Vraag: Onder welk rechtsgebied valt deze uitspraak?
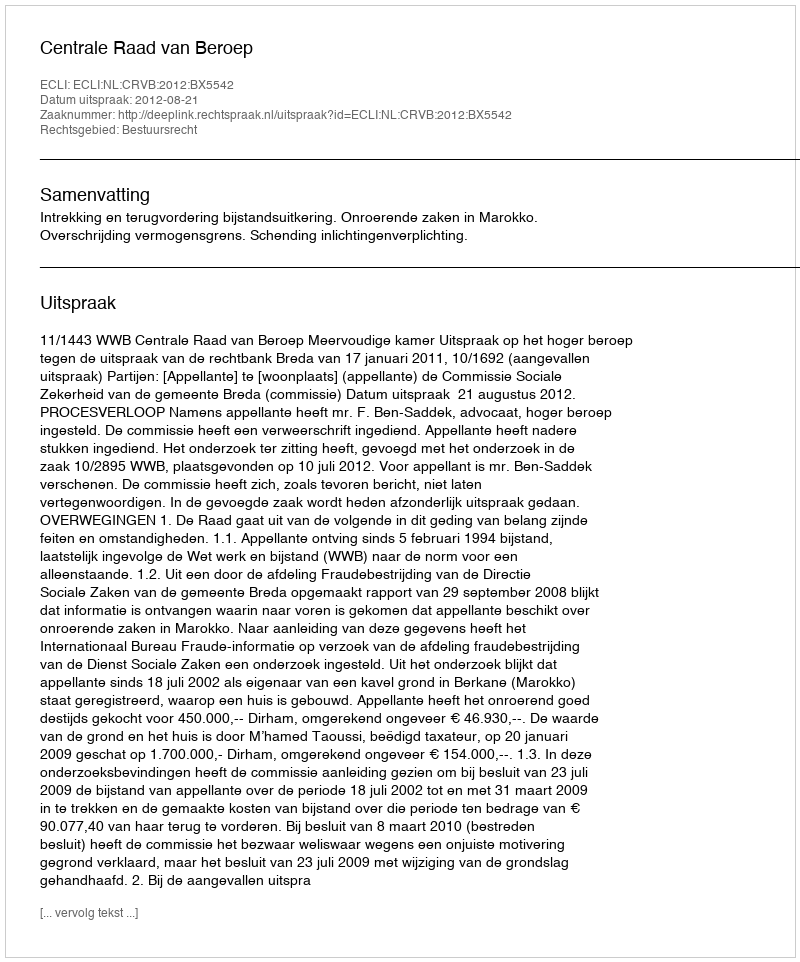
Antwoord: Bestuursrecht